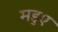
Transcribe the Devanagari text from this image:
मडुए